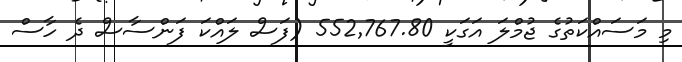
މި މަސައްކަތުގެ ޖުމްލަ އަގަކީ 552